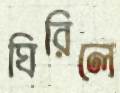
ঘিরিলে